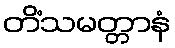
တိံသမတ္တာနံ